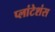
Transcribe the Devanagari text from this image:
प्लांटेशंस